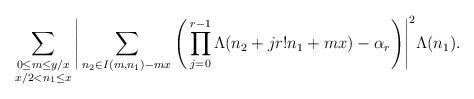
LaTeX: \begin{align*}\sum_{\substack{0 \leq m \leq y/x \\x/2 < n_1 \le x}} \Bigg|\sum_{n_2 \in I(m, n_1) - mx } \Bigg(\prod_{j = 0}^{r-1}\Lambda(n_2 + jr! n_1 + mx) - \alpha_r\Bigg) \Bigg|^2 \Lambda(n_1).\end{align*}